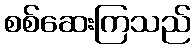
စစ်ဆေးကြသည်